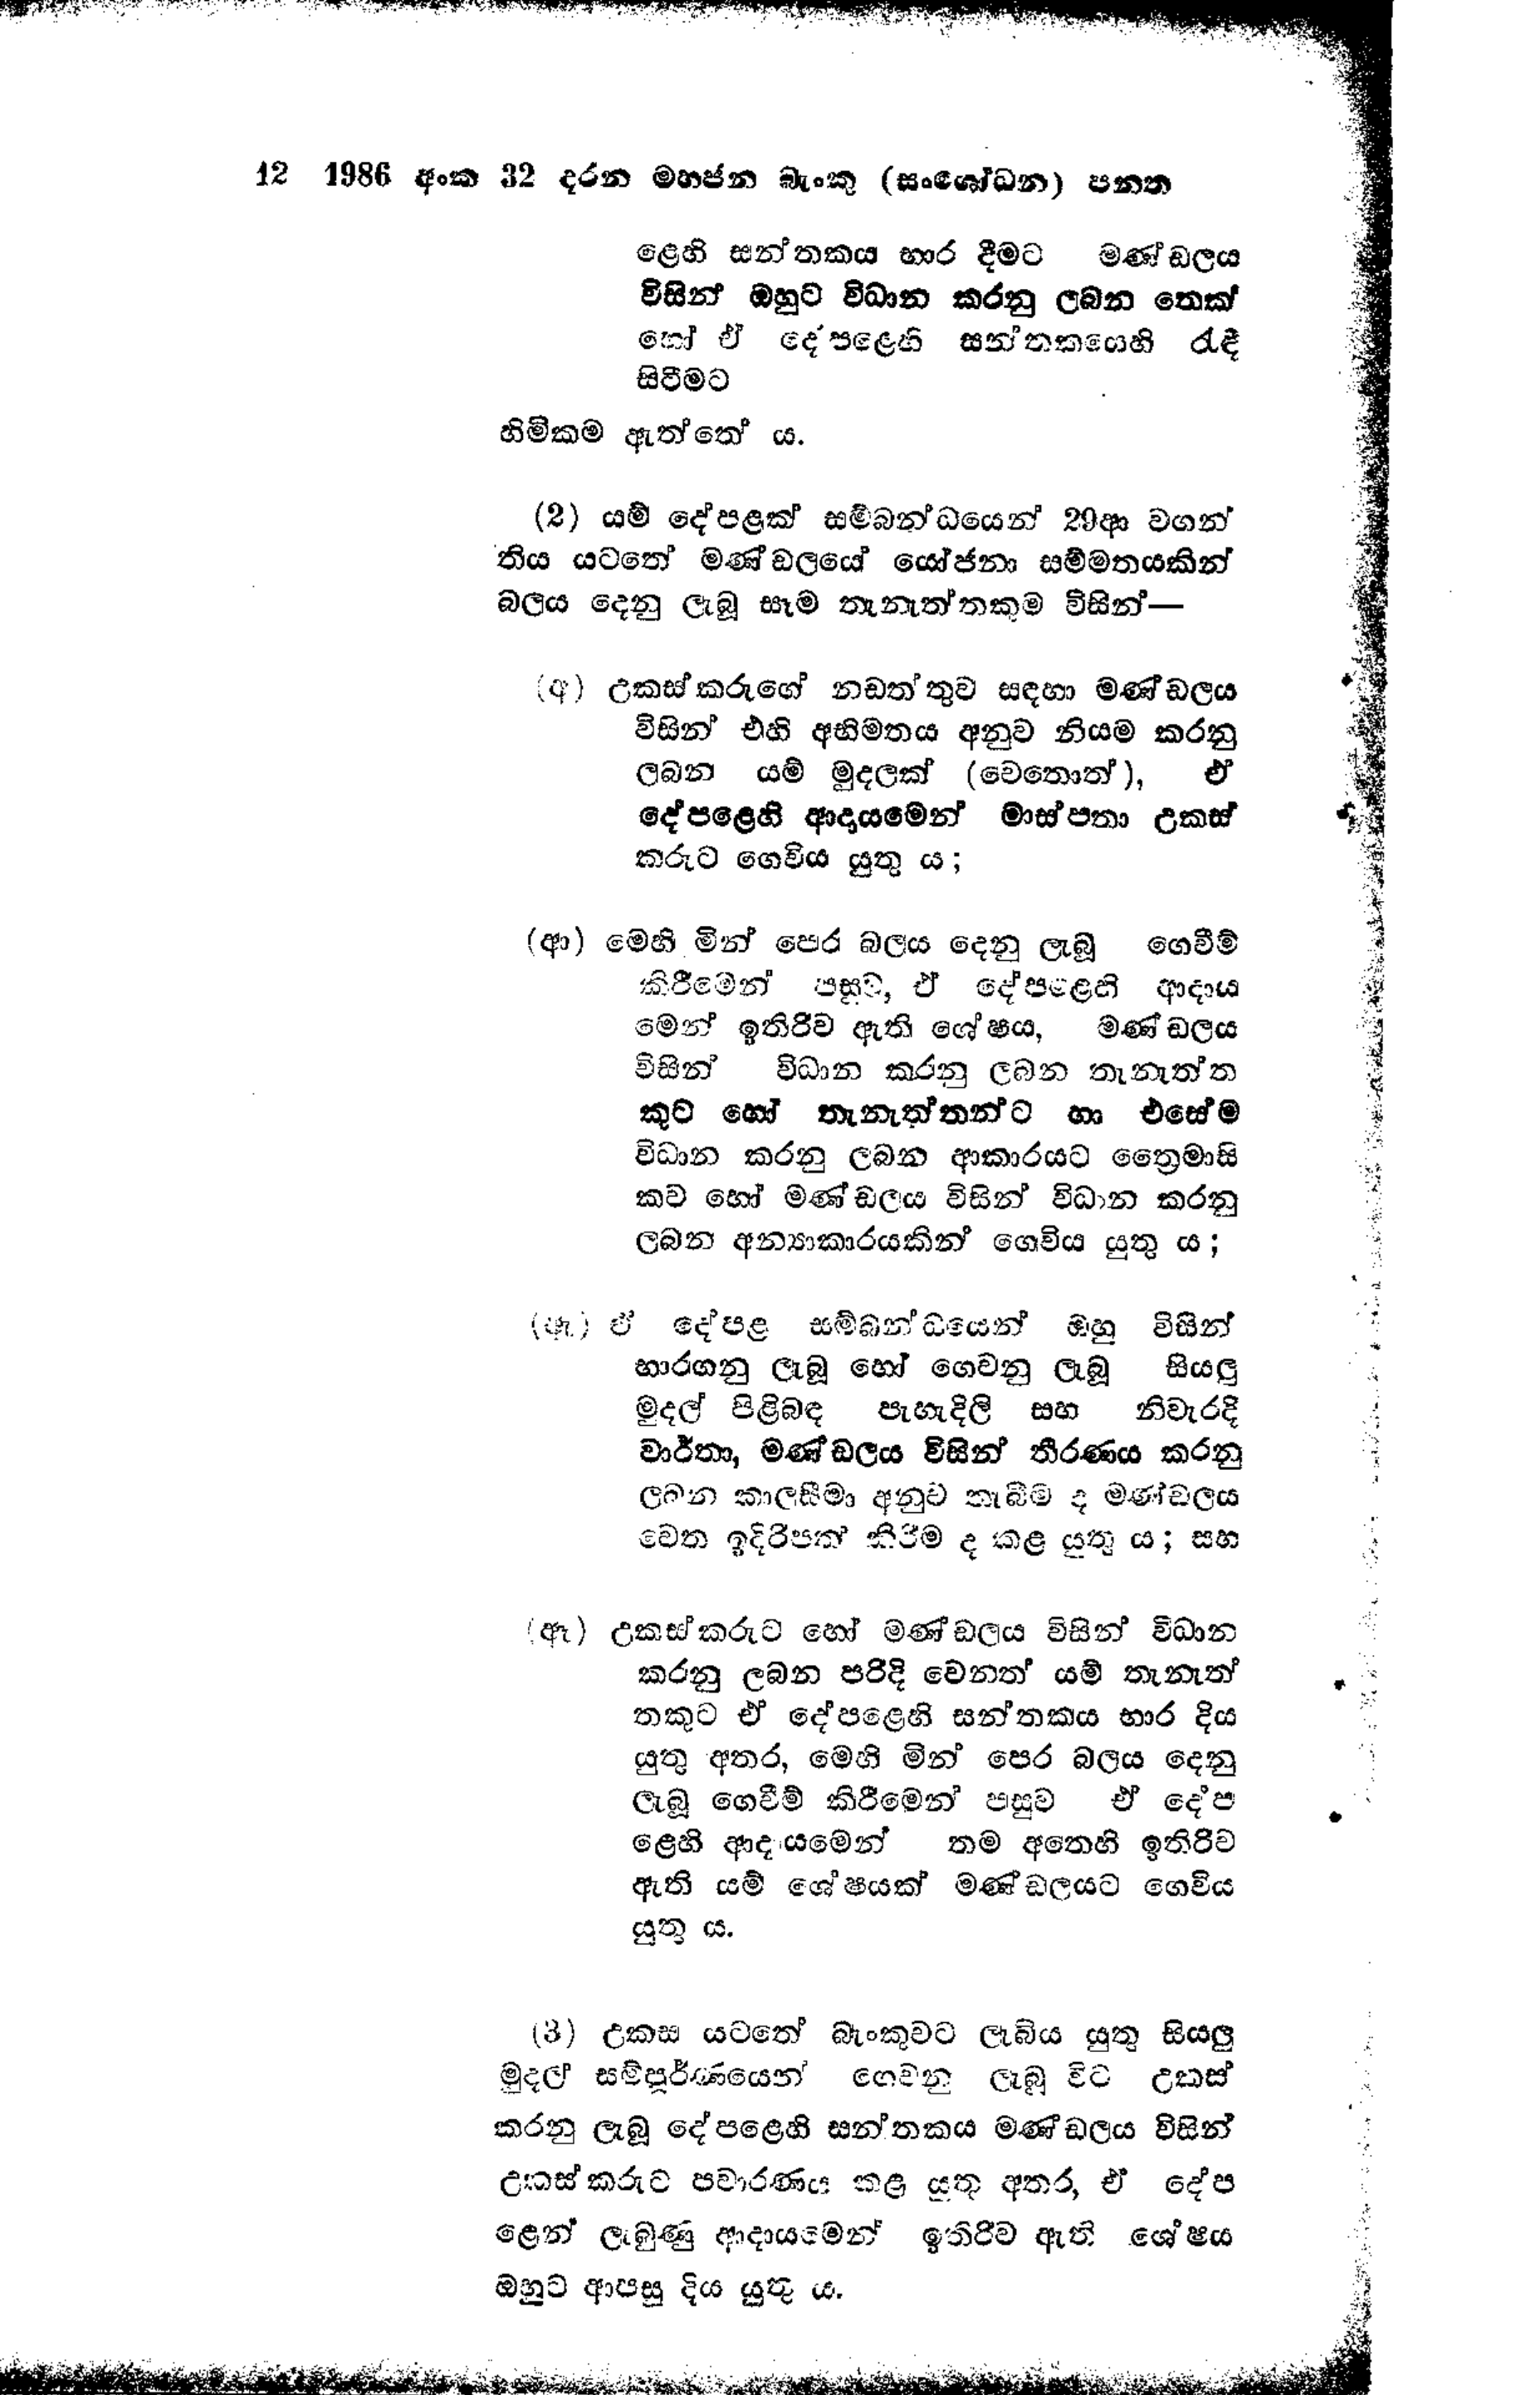
12 1986 අංක 32 දරන මහජන බැංකු (සංශෝධන) පනත

ළෙහි සන්තකය භාර දීමට මණ්ඩලය
විසින් ඔහුට විධාන කරනු ලබන තෙක්
හෝ ඒ දේපළෙහි සන්තකයෙහි රැඳී
සිටීමට

හිමිකම ඇත්තේ ය.

(2) යම් දේපළක් සම්බන්ධයෙන් 29 ආ වගන්
තිය යටතේ මණ්ඩලයේ යෝජනා සම්මතයකින්
බලය දෙනු ලැබූ සෑම තැනැත්තකුම විසින් -

(අ) උකස්කරුගේ නඩත්තුව සඳහා මණ්ඩලය
විසින් එහි අභිමතය අනුව නියම කරනු
ලබන යම් මුදලක් (වෙතොත් ), ඒ
දේපළෙහි ආදායමෙන් මාස්පතා උකස්
කරුට ගෙවිය යුතු ය;

(ආ) මෙහි මින් පෙර බලය දෙනු ලැබූ ගෙවීම්
කිරීමෙන් පසුව, ඒ දේපළෙහි ආදාය
මෙන් ඉතිරිව ඇති ශේෂය, මණ්ඩලය
විසින් විධාන කරනු ලබන තැනැත්ත
කුට හෝ තැනැත්තන්ට හා එසේම
විධාන කරනු ලබන ආකාරයට ත්‍රෛමාසි
කව හෝ මණ්ඩලය විසින් විධාන කරනු
ලබන අන්‍යාකාරයකින් ගෙවිය යුතු ය;

(ඇ) ඒ දේපළ සම්බන්ධයෙන් ඔහු විසින්
භාරගනු ලැබූ හෝ ගෙවනු ලැබූ සියලු
මුදල් පිළිබඳ පැහැදිලි සහි නිවැරදි
වාර්තා, මණ්ඩලය විසින් තීරණය කරනු
ලබන කාලසීමා අනුව තැබීම ද මණ්ඩලය
වෙත ඉදිරිපත් කිරීම ද කළ යුතුය; සහ

(ඈ) උකස්කරුට හෝ මණ්ඩලය විසින් විධාන
කරනු ලබන පරිදි වෙනත් යම් තැනැත්
තකුට ඒ දේපළෙහි සන්තකය භාර දිය
යුතු අතර, මෙහි මින් පෙර බලය දෙනු
ලැබූ ගෙවීම් කිරීමෙන් පසුව ඒ දේප
ළෙහි ආදායමෙන් තම අතෙහි ඉතිරිව
ඇති යම් ශේෂයක් මණ්ඩලයට ගෙවිය
යුතු ය.

(3) උකස යටතේ බැංකුවට ලැබිය යුතු සියලු
මුදල් සම්පූර්ණයෙන් ගෙවනු ලැබූ විට උකස්
කරනු ලැබූ දේපළෙහි සන්තකය මණ්ඩලය විසින්
උකස් කරුට පවාරණය කළ යුතු අතර, ඒ දේප
ළෙන් ලැබුණු ආදායමෙන් ඉතිරිව ඇති ශේෂය
ඔහුට ආපසු දිය යුතු ය.